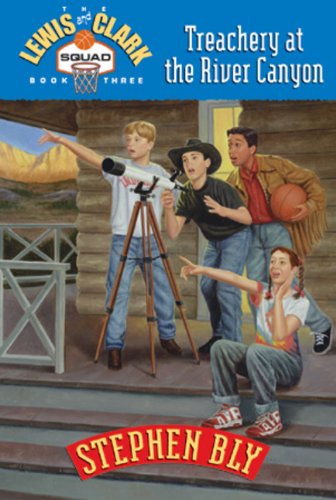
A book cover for Treachery at the River Canyon (Lewis & Clark Squad Adventure Series, Book 3); Stephen A. Bly; Sports & Outdoors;